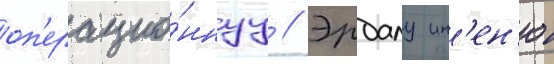
оп'ерацио́ннуу // Эрдалу ин'ен'ю